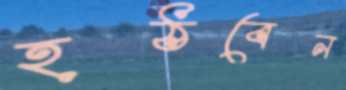
হঠবেন